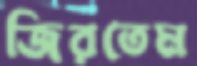
জিরতেম